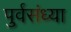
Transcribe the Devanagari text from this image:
पुर्वसंध्या